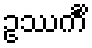
ဥဿင်္ကိံ